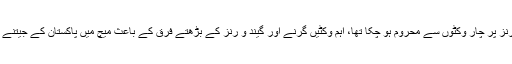
جواب میں پاکستان ایک موقع پر 140 رنز پر چار وکٹوں سے محروم ہو چکا تھا، اہم وکٹیں گرنے اور گیند و رنز کے بڑھتے فرق کے باعث میچ میں پاکستان کے جیتنے کی امیدیں ماند پڑتی دکھائی دینے لگیں۔